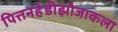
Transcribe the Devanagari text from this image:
पित्तनहेडीझोजाकला